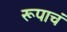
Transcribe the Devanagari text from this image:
रूपाचं